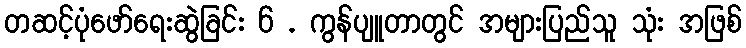
တဆင့်ပုံဖော်ရေးဆွဲခြင်း 6 . ကွန်ပျူတာတွင် အများပြည်သူ သုံး အဖြစ်